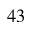
4 3